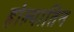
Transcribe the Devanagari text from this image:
होल्पातिन